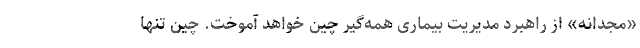
«مجدانه» از راهبرد مدیریت بیماری همه‌گیر چین خواهد آموخت. چین تنها